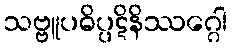
သဗ္ဗူပဓိပ္ပဋိနိဿဂ္ဂေါ